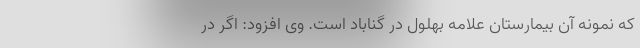
که نمونه آن بیمارستان علامه بهلول در گناباد است. وی افزود: اگر در